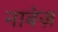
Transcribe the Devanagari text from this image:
नाबेज़